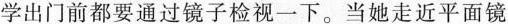
学出门前都要通过镜子检视一下。当她走近平面镜